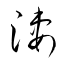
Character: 淒